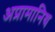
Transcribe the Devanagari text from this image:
अप्रामानिथ